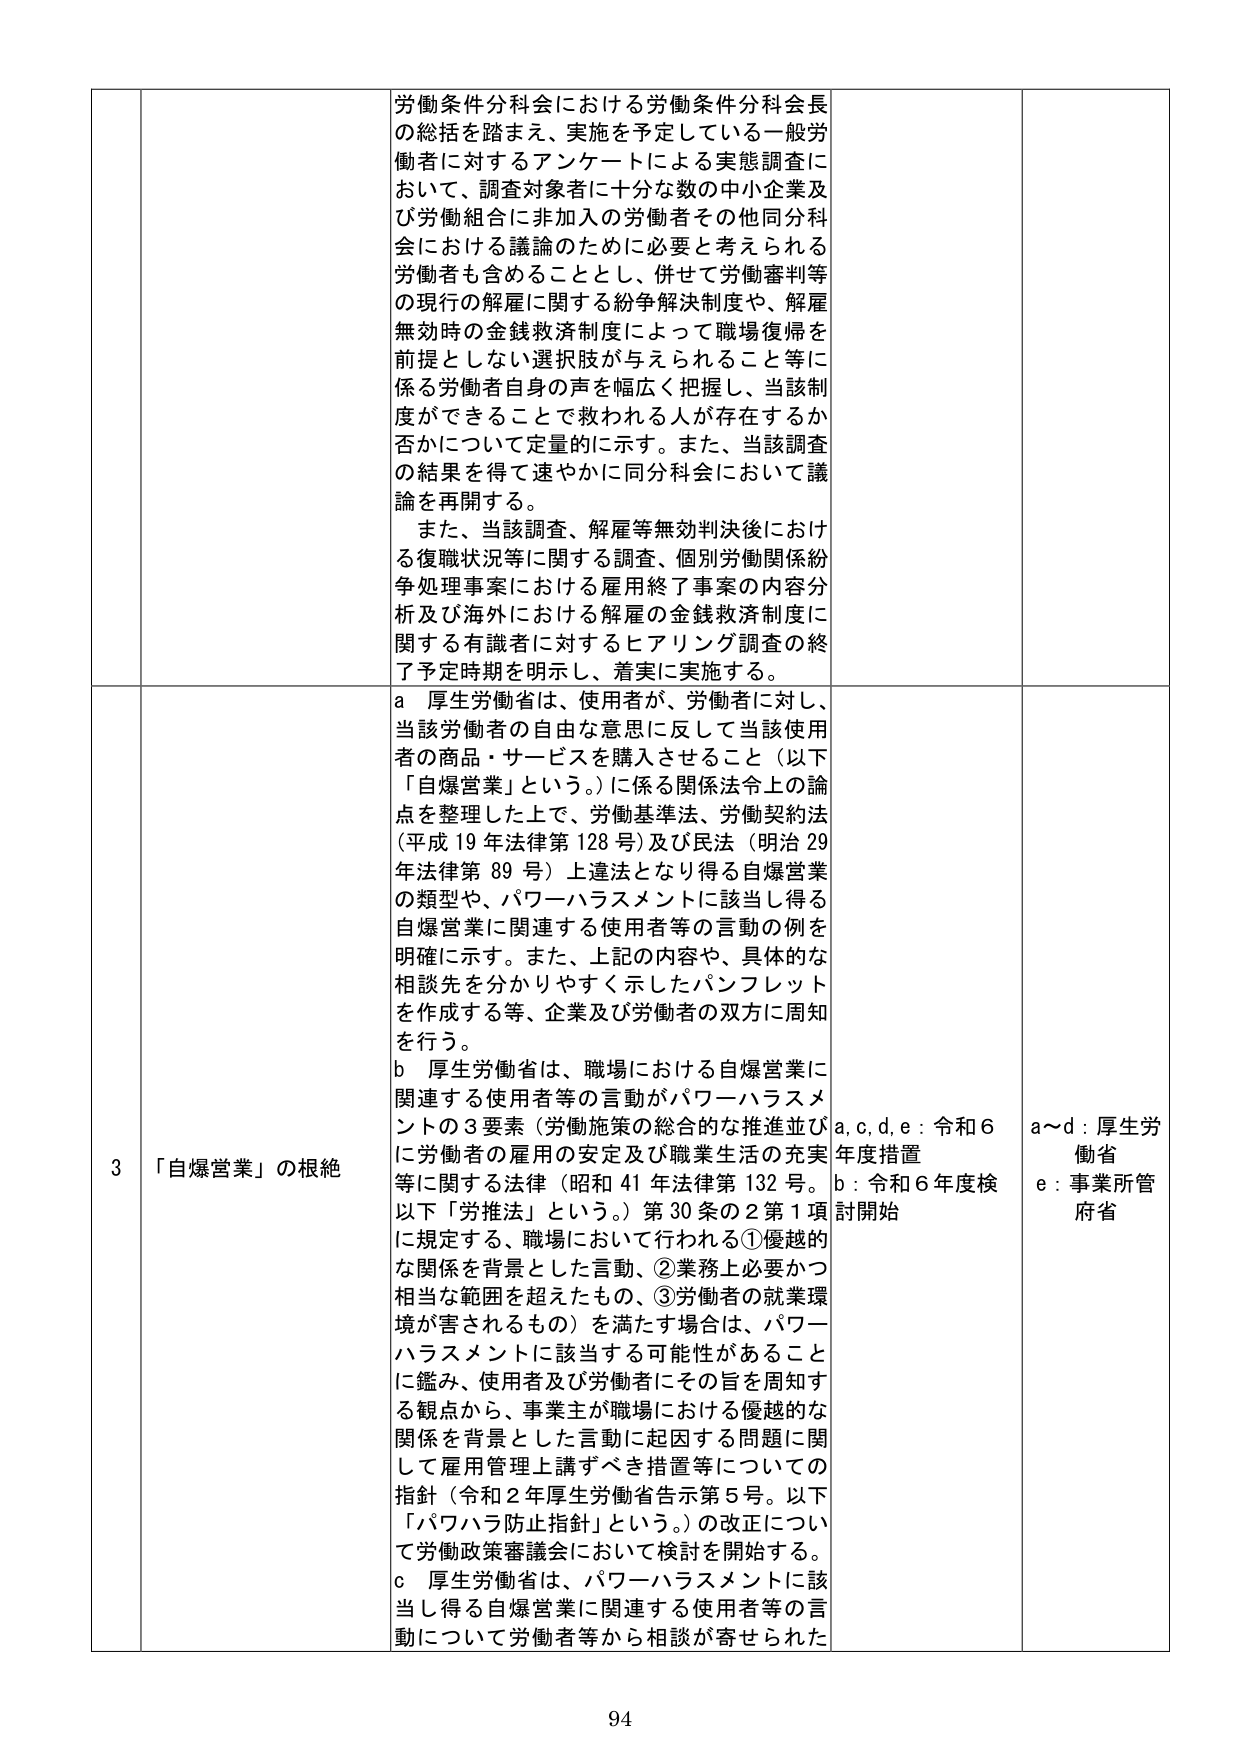
労働条件分科会における労働条件分科会長の総括を踏まえ、実施を予定している一般労働者に対するアンケートによる実態調査において、調査対象者に十分な数の中小企業及び労働組合に非加入の労働者その他同分科会における議論のために必要と考えられる労働者も含めることとし、併せて労働審判等の現行の解雇に関する紛争解決制度や、解雇無効時の金銭救済制度によって職場復帰を前提としない選択肢が与えられること等に係る労働者自身の声を幅広く把握し、当該制度ができることで救われる人が存在するか否かについて定量的に示す。また、当該調査の結果を得て速やかに同分科会において議論を再開する。

また、当該調査、解雇等無効判決後における復職状況等に関する調査、個別労働関係紛争処理事案における雇用終了事案の内容分析及び海外における解雇の金銭救済制度に関する有識者に対するヒアリング調査の終了予定時期を明示し、着実に実施する。

3 「自爆営業」の根絶

a 厚生労働省は、使用者が、労働者に対し、当該労働者の自由な意思に反して当該使用者の商品・サービスを購入させること（以下「自爆営業」という。）に係る関係法令上の論点を整理した上で、労働基準法、労働契約法（平成19年法律第128号）及び民法（明治29年法律第89号）上違法となり得る自爆営業の類型や、パワーハラスメントに該当し得る自爆営業に関連する使用者等の言動の例を明確に示す。また、上記の内容や、具体的な相談先を分かりやすく示したパンフレットを作成する等、企業及び労働者の双方に周知を行う。

b 厚生労働省は、職場における自爆営業に関連する使用者等の言動がパワーハラスメントの3要素（労働施策の総合的な推進並びに労働者の雇用の安定及び職業生活の充実等に関する法律（昭和41年法律第132号。以下「労推法」という。）第30条の2第1項に規定する、職場において行われる①優越的な関係を背景とした言動、②業務上必要かつ相当な範囲を超えたもの、③労働者の就業環境が害されるもの）を満たす場合は、パワーハラスメントに該当する可能性があることに鑑み、使用者及び労働者にその旨を周知する観点から、事業主が職場における優越的な関係を背景とした言動に起因する問題に関して雇用管理上講ずべき措置等についての指針（令和2年厚生労働省告示第5号。以下「パワハラ防止指針」という。）の改正について労働政策審議会において検討を開始する。

c 厚生労働省は、パワーハラスメントに該当し得る自爆営業に関連する使用者等の言動について労働者等から相談が寄せられた

a, c, d, e：令和6年度措置
b：令和6年度検討開始

a～d：厚生労働省
e：事業所管府省

94